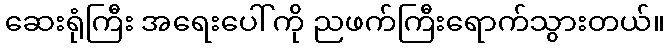
ဆေးရုံကြီး အရေးပေါ်ကို ညဖက်ကြီးရောက်သွားတယ်။